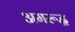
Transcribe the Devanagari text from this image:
अमरूद्ध